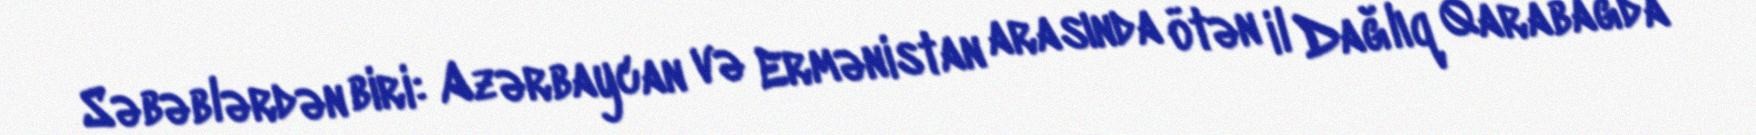
Səbəblərdən biri: Azərbaycan və Ermənistan arasında ötən il Dağlıq Qarabağda